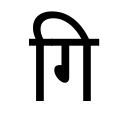
OCR:
गि